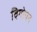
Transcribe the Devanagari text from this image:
विगोपन